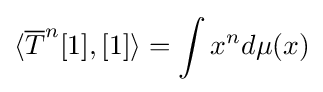
\langle {\overline {T}}^{n}[1],[1]\rangle =\int x^{n}d\mu (x)